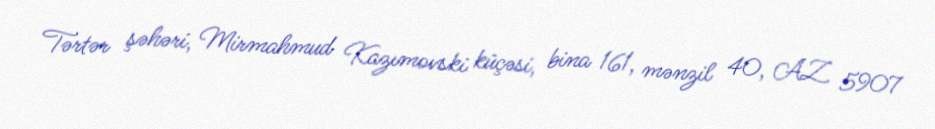
Tərtər şəhəri, Mirmahmud Kazımovski küçəsi, bina 161, mənzil 40, AZ 5907